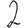
Digit: 2